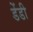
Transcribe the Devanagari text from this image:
डेंडी